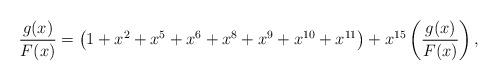
LaTeX: \begin{align*}\frac{g(x)}{F(x)} = \left(1 + x^2 + x^5 + x^6 + x^8 + x^9 + x^{10} + x^{11}\right) + x^{15} \left(\frac{g(x)}{F(x)}\right),\end{align*}